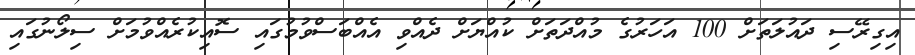
އިގިރޭސި ދައުލަތަށް 100 އަހަރުގެ މުއްދަތަށް ކުއްޔަށް ދެއްވި އެއްބަސްވުމުގައި ސޮއިކުރެއްވުމަށް ސިލޯނުގައި